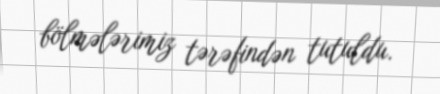
bölmələrimiz tərəfindən tutuldu.